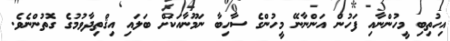
އިހުތިބި މީހުންނާއި ފަހުން އަންނާނޭ މީހުންގެ ސާހިބާ ނަމޫނާއަކަށް ބަލައި އިޤްތިދާވުމުގެ ގޮތުންނެވެ.